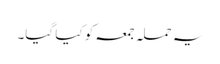
یہ حملہ جمعہ کو کیا گیا۔